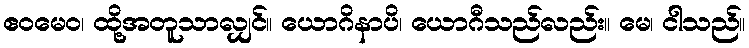
ဧဝမေဝ၊ ထို့အတူသာလျှင်။ ယောဂိနာပိ၊ ယောဂီသည်လည်း။ မေ၊ ငါသည်။